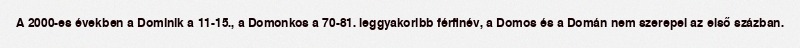
A 2000-es években a Dominik a 11-15., a Domonkos a 70-81. leggyakoribb férfinév, a Domos és a Domán nem szerepel az első százban.